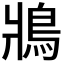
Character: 𩿄